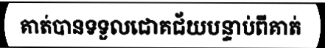
គាត់បានទទួលជោគជ័យបន្ទាប់ពីគាត់